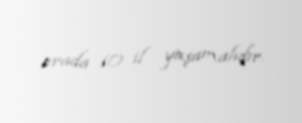
orada 10 il yaşamalıdır.